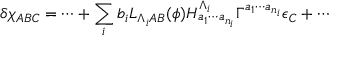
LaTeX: \delta \chi _ { A B C } = \cdots + \sum _ { i } b _ { i } L _ { \Lambda _ { i } A B } ( \phi ) H _ { a _ { 1 } \cdots a _ { n _ { i } } } ^ { \Lambda _ { i } } \Gamma ^ { a _ { 1 } \cdots a _ { n _ { i } } } \epsilon _ { C } + \cdots